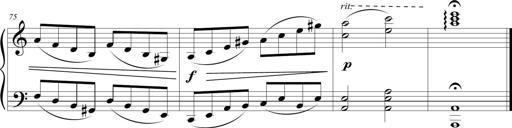
Title: Sonatina (Piano Sonata No.9)
Composer: Richard St. Clair